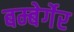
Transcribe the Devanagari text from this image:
बम्बेर्गेर